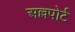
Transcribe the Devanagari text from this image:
अल्लपोर्ट